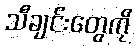
သီချင်းတွေကို